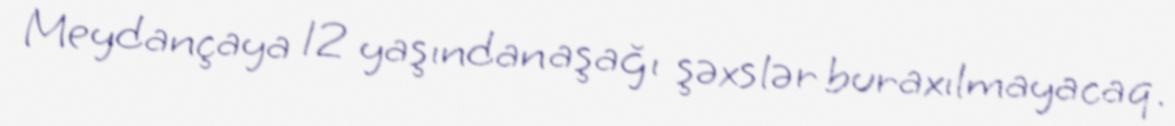
Meydançaya 12 yaşından aşağı şəxslər buraxılmayacaq.